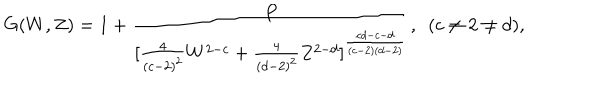
LaTeX: G ( W , Z ) = 1 + { \frac { P } { [ { \frac { 4 } { ( c - 2 ) ^ { 2 } } } W ^ { 2 - c } + { \frac { 4 } { ( d - 2 ) ^ { 2 } } } Z ^ { 2 - d } ] ^ { \frac { c d - c - d } { ( c - 2 ) ( d - 2 ) } } } } , \ \ ( c \neq 2 \neq d ) ,